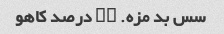
سس بد مزه. ۸۰ درصد کاهو